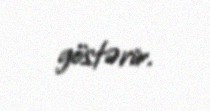
göstərir.